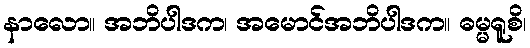
နာလော။ အဘိပါဒက၊ အမောင်အဘိပါဒက။ ဓမ္မရူစိ၊